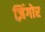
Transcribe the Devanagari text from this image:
ज़िंगोर